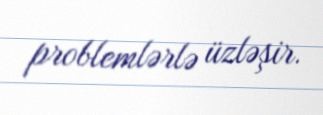
problemlərlə üzləşir.